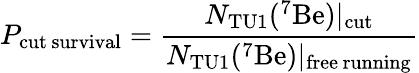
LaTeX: P_{\mathrm{cut\, survival}}=\frac{N_{\mathrm{TU1}}(^{7}\mathrm{Be})|_{\mathrm{cut}}}{N_{\mathrm{TU1}}(^{7}\mathrm{Be})|_{\mathrm{free\, running}}}